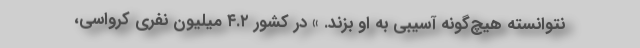
نتوانسته هیچ‌گونه آسیبی به او بزند. » در کشور ۴.۲ میلیون نفری کرواسی،